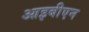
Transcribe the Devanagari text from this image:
आइबीएन